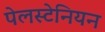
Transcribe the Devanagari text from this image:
पेलस्टेनियन